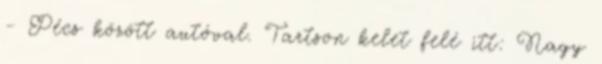
- Pécs között autóval. Tartson kelet felé itt: Nagy